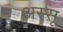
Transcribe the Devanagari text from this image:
अस्सू